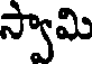
స్వామి